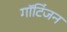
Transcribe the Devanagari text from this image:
गॉटिंजन